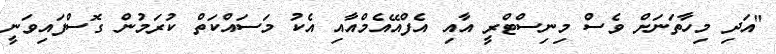
"އަދި މިހާތަނަށް ވެސް މިނިސްޓްރީ އާއި އެފްއޭއެމްއާއި އެކު މަސައްކަތް ކުރަމުން ގޮސްފައިވަނީ